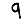
Digit: 9